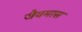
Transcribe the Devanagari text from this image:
जैवमास